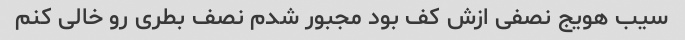
سیب هویج نصفی ازش کف بود مجبور شدم نصف بطری رو خالی کنم